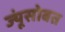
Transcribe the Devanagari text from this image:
ज्यूंसोबत